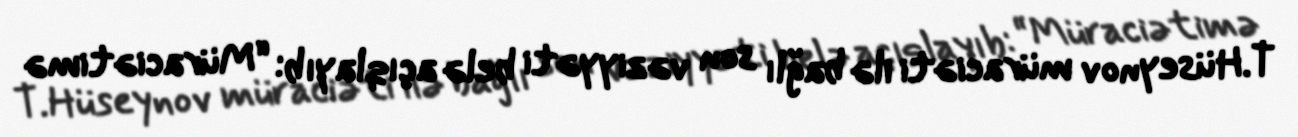
T.Hüseynov müraciəti ilə bağlı son vəziyyəti belə açıqlayıb: “Müraciətimə